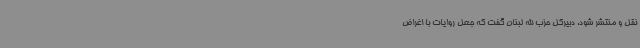
نقل و منتشر شود. دبیرکل حزب الله لبنان گفت که جعل روایات با اغراض